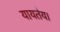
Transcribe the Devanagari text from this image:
यायतेय।